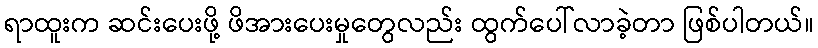
ရာထူးက ဆင်းပေးဖို့ ဖိအားပေးမှုတွေလည်း ထွက်ပေါ်လာခဲ့တာ ဖြစ်ပါတယ်။